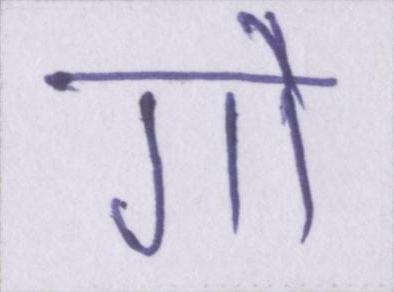
गौ